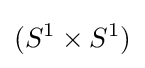
(S^{1}\times S^{1})